Problem: 28 + 48 = ?
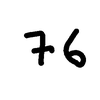
Handwritten answer: 76